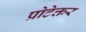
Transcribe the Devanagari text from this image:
प्रोटेक्तर